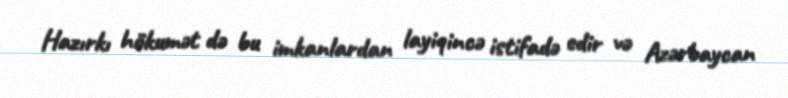
Hazırkı hökumət də bu imkanlardan layiqincə istifadə edir və Azərbaycan